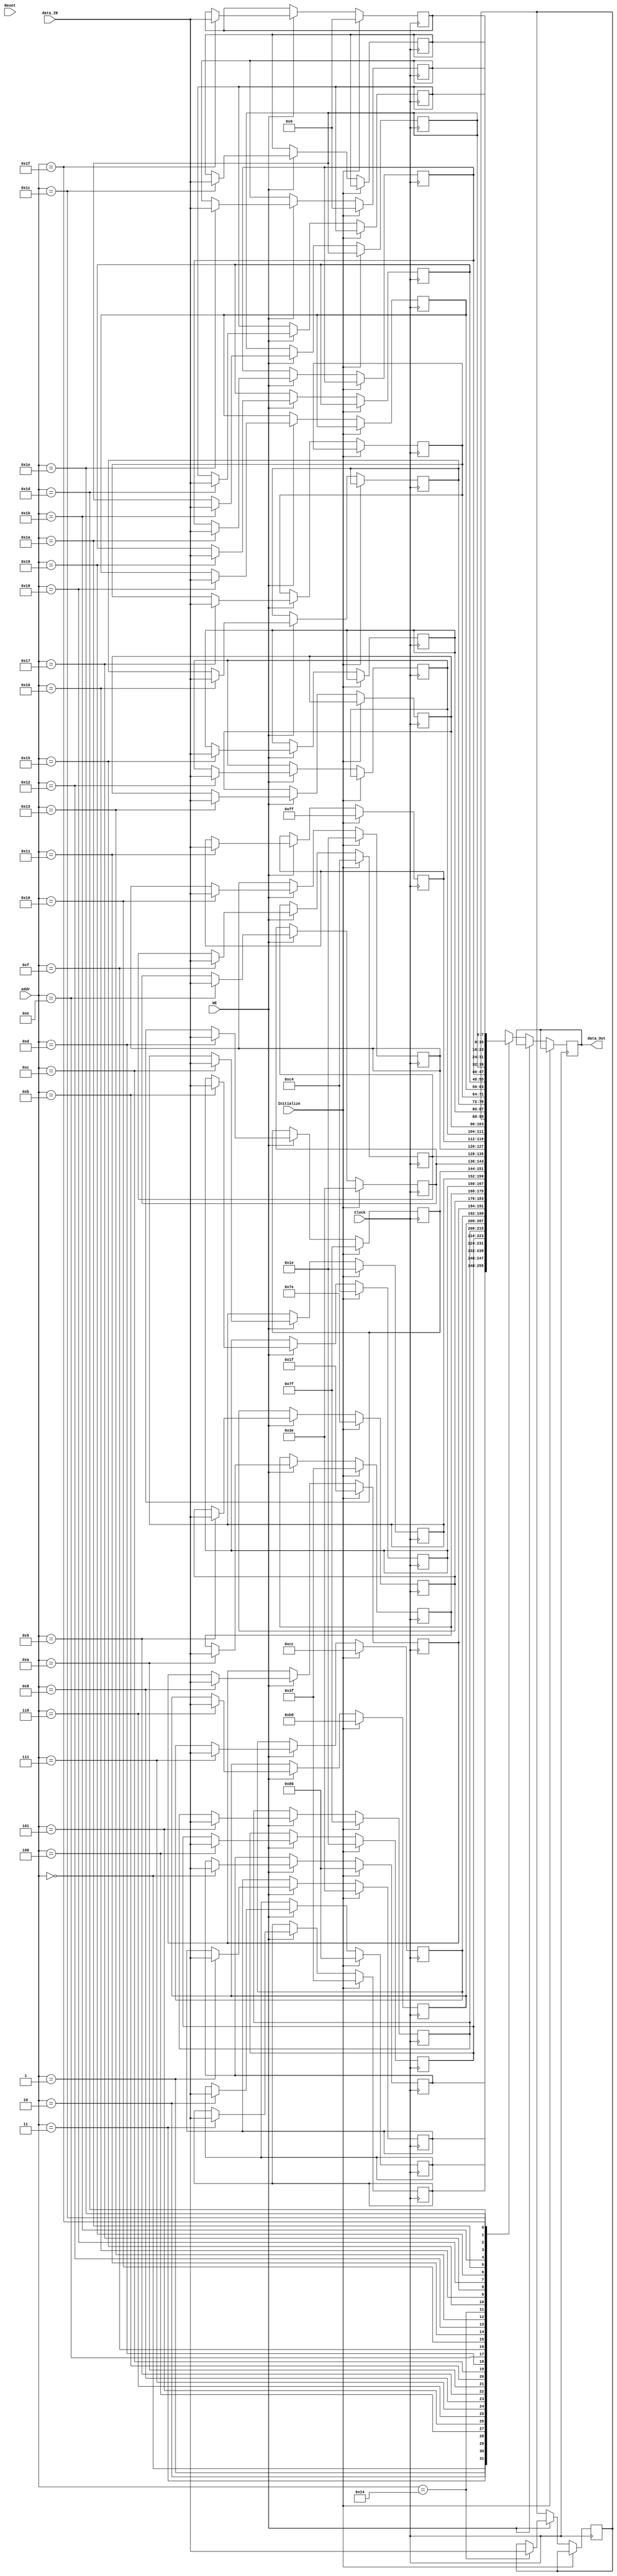
module storeRAM (Clock, Reset, WE, data_IN, data_Out, Initialize, addr);

input Clock, Reset, WE, Initialize; 
input [4:0] addr; 
input [7:0] data_IN;
output reg [7:0] data_Out;

reg [7:0] AddrStore [32:0];

always @(posedge Clock)
	begin
		if(Initialize)
			begin
			AddrStore[5'b00000]	= 8'b10000000;
			AddrStore[5'b00001]	= 8'b00111110;
			AddrStore[5'b00010]	= 8'b10000000;
			AddrStore[5'b00011]	= 8'b00111111;
			AddrStore[5'b00100]	= 8'b00011110;
			AddrStore[5'b00101]	= 8'b01111111;
			AddrStore[5'b00110]	= 8'b10110000;
			AddrStore[5'b00111]	= 8'b11001100;
			AddrStore[5'b01000]	= 8'b00011111;
			AddrStore[5'b01001]	= 8'b01111110;
			AddrStore[5'b01010]	= 8'b00111111;
			AddrStore[5'b01011]	= 8'b11000100;
			AddrStore[5'b01100]	= 8'b00011110;
			AddrStore[5'b01101]	= 8'b01111111;
			AddrStore[5'b01110]	= 8'b00111110;
			AddrStore[5'b01111]	= 8'b11000100;
			AddrStore[5'b10000]	= 8'b00011110;
			AddrStore[5'b10001]	= 8'b11111111;
			AddrStore[5'b11110]	= 8'b00000000;
			AddrStore[5'b11111]	= 8'b00000000;
			end
		else
		begin	
			if (WE)
				AddrStore[addr] <= data_IN;
			else 
				data_Out <= AddrStore[addr];
		end			
	end

endmodule